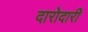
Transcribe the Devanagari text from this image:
दारोदारी